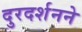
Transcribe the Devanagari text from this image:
दुरदर्शनने